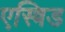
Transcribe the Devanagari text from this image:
एस्त्रिड